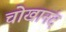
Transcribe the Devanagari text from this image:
चोखानंद